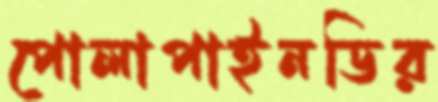
পোলাপাইনডির